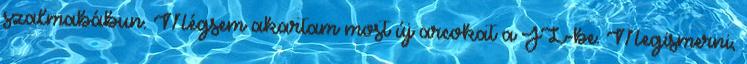
szalmabábun. Mégsem akartam most új arcokat a JL-be. Megismerni,